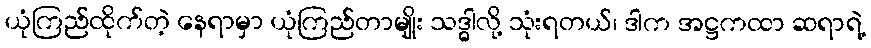
ယုံကြည်ထိုက်တဲ့ နေရာမှာ ယုံကြည်တာမျိုး သဒ္ဓါလို့ သုံးရတယ်၊ ဒါက အဋ္ဌကထာ ဆရာရဲ့